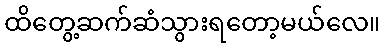
ထိတွေ့ဆက်ဆံသွားရတော့မယ်လေ။